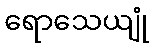
ရောသေယျုံ